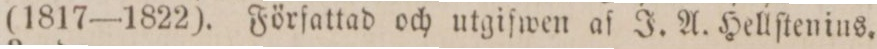
(1817—1822). Författad och utgifwen af J. A. Hellſtenius.